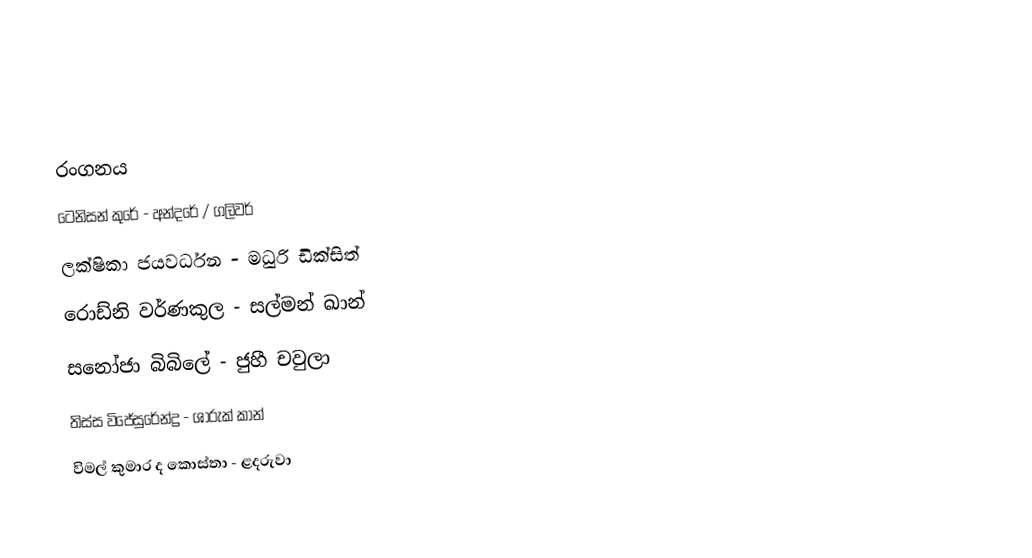

රංගනය
ටෙනිසන් කුරේ - අන්දරේ / ගලිවර්
ලක්ෂිකා ජයවර්ධන - මධුරි ඩික්සිත්
රොඩ්නි වර්ණකුල - සල්මන් ඛාන්
සනෝජා බිබිලේ - ජුහී චවුලා
තිස්ස විජේසුරේන්ද්‍ර - ශාරුක් කාන්
විමල් කුමාර ද කොස්තා - ළදරුවා